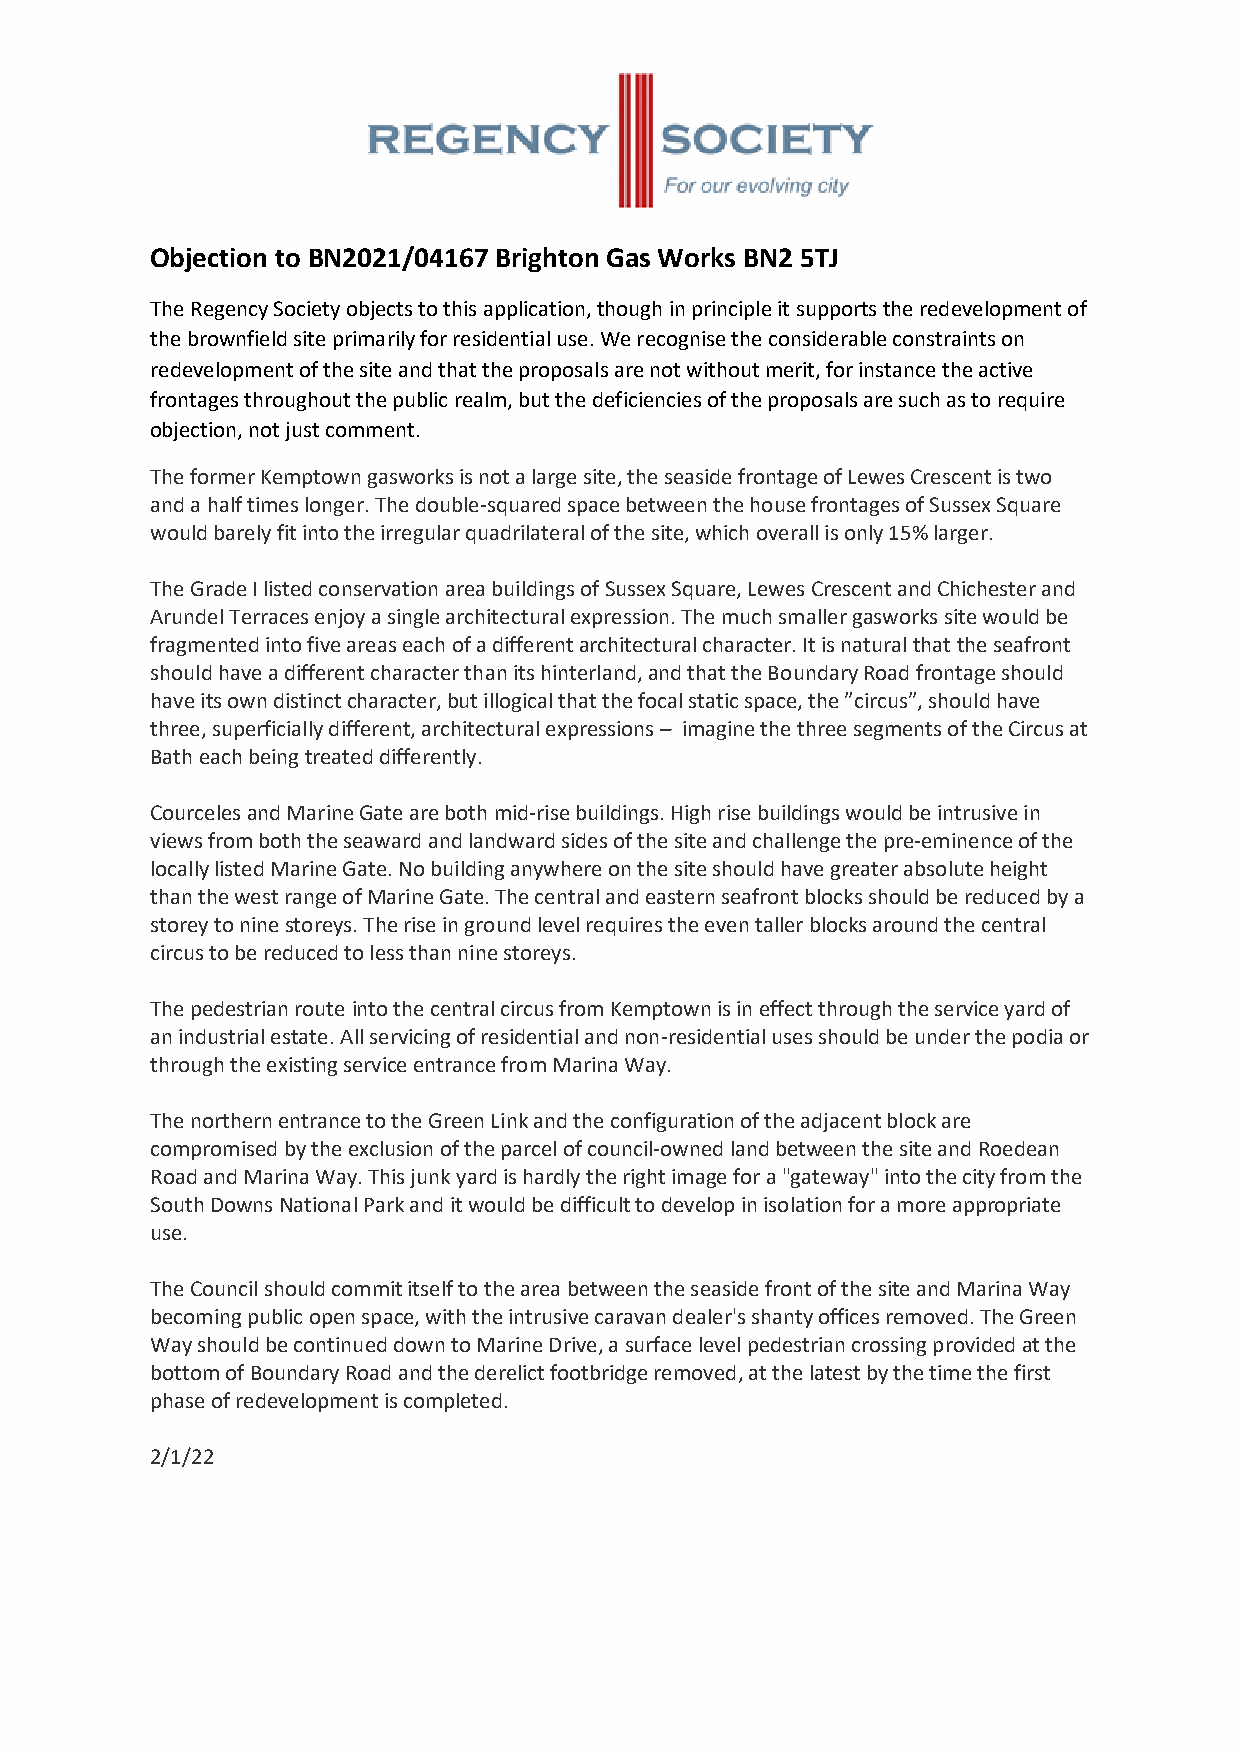
Objection to BN2021/04167 Brighton Gas Works BN2 5TJ
 The Regency Society objects to this application, though in principle it supports the redevelopment of
 the brownfield site primarily for residential use. We recognise the considerable constraints on
 redevelopment of the site and that the proposals are not without merit, for instance the active
 frontages throughout the public realm, but the deficiencies of the proposals are such as to require
 objection, not just comment.
 The former Kemptown gasworks is not a large site, the seaside frontage of Lewes Crescent is two
 and a half times longer. The double-squared space between the house frontages of Sussex Square
 would barely fit into the irregular quadrilateral of the site, which overall is only 15% larger.
 The Grade I listed conservation area buildings of Sussex Square, Lewes Crescent and Chichester and
 Arundel Terraces enjoy a single architectural expression. The much smaller gasworks site would be
 fragmented into five areas each of a different architectural character. It is natural that the seafront
 should have a different character than its hinterland, and that the Boundary Road frontage should
 have its own distinct character, but illogical that the focal static space, the ”circus”, should have
 three, superficially different, architectural expressions – imagine the three segments of the Circus at
 Bath each being treated differently.
 Courceles and Marine Gate are both mid-rise buildings. High rise buildings would be intrusive in
 views from both the seaward and landward sides of the site and challenge the pre-eminence of the
 locally listed Marine Gate. No building anywhere on the site should have greater absolute height
 than the west range of Marine Gate. The central and eastern seafront blocks should be reduced by a
 storey to nine storeys. The rise in ground level requires the even taller blocks around the central
 circus to be reduced to less than nine storeys.
 The pedestrian route into the central circus from Kemptown is in effect through the service yard of
 an industrial estate. All servicing of residential and non-residential uses should be under the podia or
 through the existing service entrance from Marina Way.
 The northern entrance to the Green Link and the configuration of the adjacent block are
 compromised by the exclusion of the parcel of council-owned land between the site and Roedean
 Road and Marina Way. This junk yard is hardly the right image for a "gateway" into the city from the
 South Downs National Park and it would be difficult to develop in isolation for a more appropriate
 use.
 The Council should commit itself to the area between the seaside front of the site and Marina Way
 becoming public open space, with the intrusive caravan dealer's shanty offices removed. The Green
 Way should be continued down to Marine Drive, a surface level pedestrian crossing provided at the
 bottom of Boundary Road and the derelict footbridge removed, at the latest by the time the first
 phase of redevelopment is completed.
 2/1/22